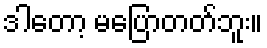
ဒါတော့ မပြောတတ်ဘူး။